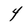
Character: 4